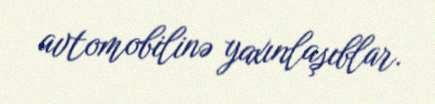
avtomobilinə yaxınlaşıblar.